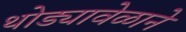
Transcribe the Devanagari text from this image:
थोड्यावेळाने